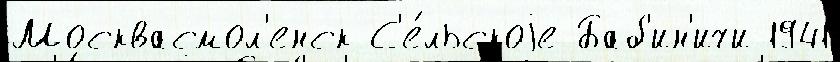
Москвасмол'енск С'е́льскоjе Баб'ин'ичи 1941